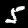
Digit: 5